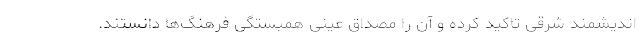
اندیشمند شرقی تاکید کرده و آن را مصداق عینی همبستگی فرهنگ‌ها دانستند.